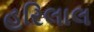
હરિલાલ